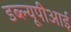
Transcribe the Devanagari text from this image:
डब्ल्यूपीआई